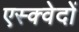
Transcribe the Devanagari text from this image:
एस्क्वेदों